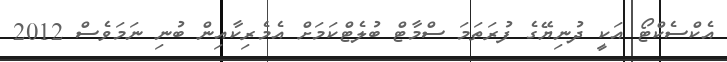
އެކްސެކްޓޯ އަކީ ދުނިޔޭގެ ފުރަތަމަ ސްމާޓް ބުލެޓްކަމަށް އެމެރިކާއިން ބުނި ނަމަވެސް 2012